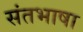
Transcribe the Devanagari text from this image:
संतभाषा